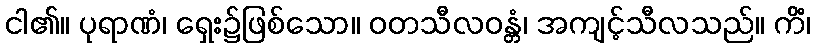
ငါ၏။ ပုရာဏံ၊ ရှေး၌ဖြစ်သော။ ဝတသီလဝန္တံ၊ အကျင့်သီလသည်။ ကိံ၊